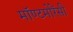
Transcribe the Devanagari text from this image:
मॉण्टमोरेंसी